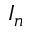
I _ { n }